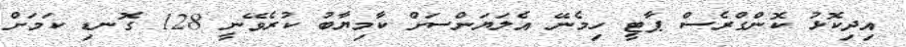
އިދިކޮޅު ކޮންގްރެސް ޕާޓީ ހިމެނޭ އެލަޔަންސަށް ކާމިޔާބު ކުރެވޭނީ 128 ގޮނޑި ކަމަށް